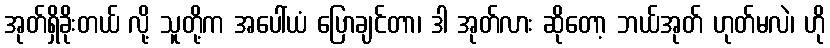
အုတ်ရှိခိုးတယ် လို့ သူတို့က အပေါ်ယံ ပြောချင်တာ၊ ဒါ အုတ်လား ဆိုတော့ ဘယ်အုတ် ဟုတ်မလဲ၊ ဟို